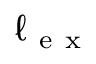
\ell _ { \mathrm { ~ e ~ x ~ } }